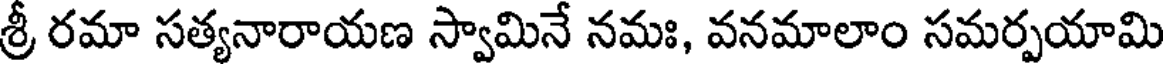
శ్రీ రమా సత్యనారాయణ స్వామినే నమః, వనమాలాం సమర్పయామి